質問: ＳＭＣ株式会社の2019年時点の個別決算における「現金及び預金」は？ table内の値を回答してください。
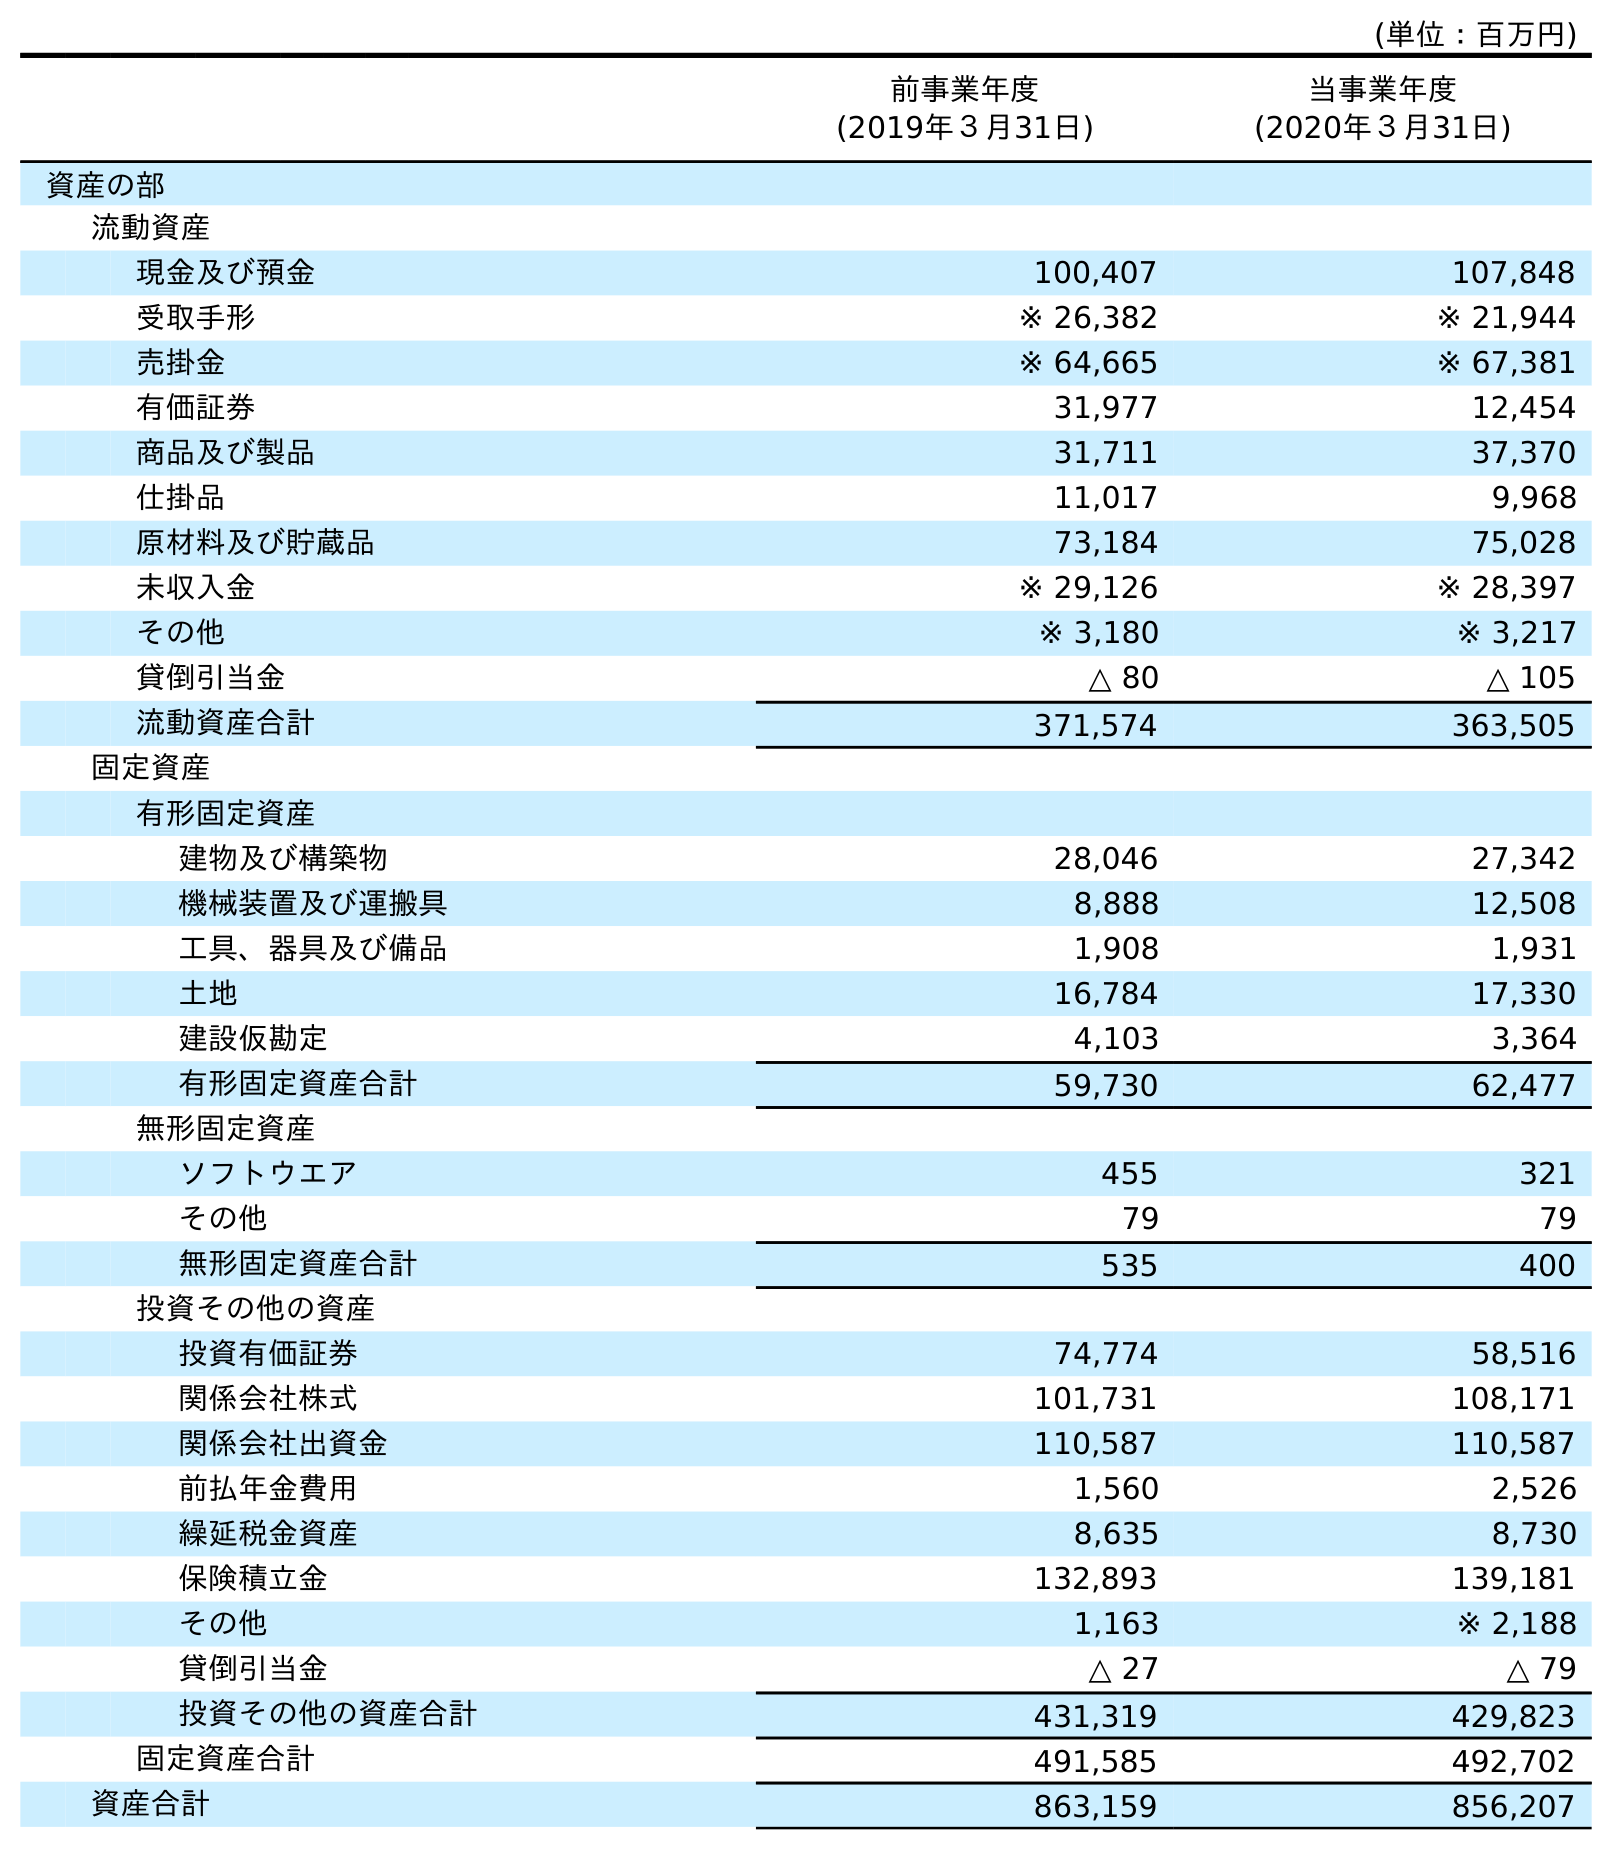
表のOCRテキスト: (単位：百万円) 前事業年度 (2019年３月31日) 当事業年度 (2020年３月31日) 資産の部 流動資産 現金及び預金 100,407 107,848 受取手形 ※ 26,382 ※ 21,944 売掛金 ※ 64,665 ※ 67,381 有価証券 31,977 12,454 商品及び製品 31,711 37,370 仕掛品 11,017 9,968 原材料及び貯蔵品 73,184 75,028 未収入金 ※ 29,126 ※ 28,397 その他 ※ 3,180 ※ 3,217 貸倒引当金 △ 80 △ 105 流動資産合計 371,574 363,505 固定資産 有形固定資産 建物及び構築物 28,046 27,342 機械装置及び運搬具 8,888 12,508 工具、器具及び備品 1,908 1,931 土地 16,784 17,330 建設仮勘定 4,103 3,364 有形固定資産合計 59,730 62,477 無形固定資産 ソフトウエア 455 321 その他 79 79 無形固定資産合計 535 400 投資その他の資産 投資有価証券 74,774 58,516 関係会社株式 101,731 108,171 関係会社出資金 110,587 110,587 前払年金費用 1,560 2,526 繰延税金資産 8,635 8,730 保険積立金 132,893 139,181 その他 1,163 ※ 2,188 貸倒引当金 △ 27 △ 79 投資その他の資産合計 431,319 429,823 固定資産合計 491,585 492,702 資産合計 863,159 856,207
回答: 100,407